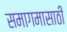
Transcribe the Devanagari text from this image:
समागमासाठी